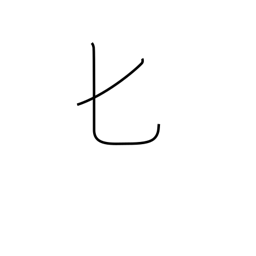
Meaning: spoon or katakana hi radical (no. 21)